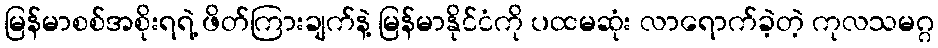
မြန်မာစစ်အစိုးရရဲ့ ဖိတ်ကြားချက်နဲ့ မြန်မာနိုင်ငံကို ပထမဆုံး လာရောက်ခဲ့တဲ့ ကုလသမဂ္ဂ